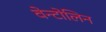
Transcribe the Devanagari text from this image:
वेन्टोलिन